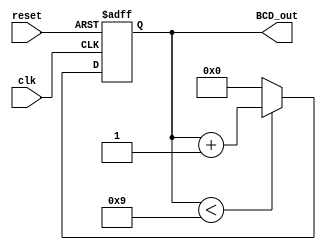
module BCD_Counter (
    input wire clk,          // Clock signal
    input wire reset,        // Asynchronous reset signal
    output reg [3:0] BCD_out // 4-bit output for BCD representation
);

// Internal register to hold the current count
reg [3:0] count;

// Always block for synchronous counting and asynchronous reset
always @(posedge clk or posedge reset) begin
    if (reset) begin
        count <= 4'b0000; // Reset count to 0
    end else begin
        if (count < 4'b1001) begin
            count <= count + 1; // Increment count
        end else begin
            count <= 4'b0000; // Reset count to 0 after reaching 9
        end
    end
end

// Continuous assignment for BCD output
always @(*) begin
    BCD_out = count; // Output the current count
end

endmodule